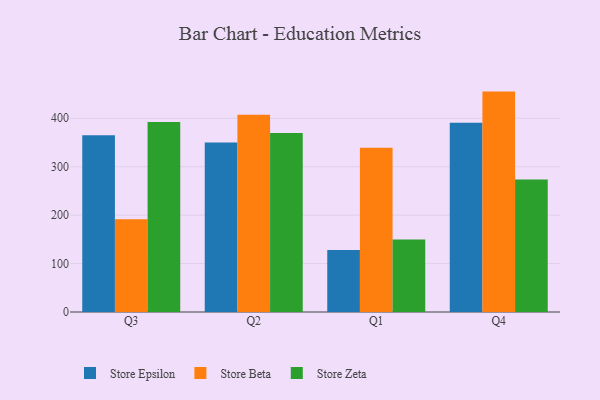
{"axis": {"x": "Quarter", "y": "Bounce Rate (%)"}, "legend": ["Store Beta", "Store Epsilon", "Store Zeta"], "data": [{"x": "Q3", "y": 365.1, "type": "Store Epsilon"}, {"x": "Q3", "y": 191.6, "type": "Store Beta"}, {"x": "Q3", "y": 392.0, "type": "Store Zeta"}, {"x": "Q2", "y": 349.7, "type": "Store Epsilon"}, {"x": "Q2", "y": 407.1, "type": "Store Beta"}, {"x": "Q2", "y": 369.3, "type": "Store Zeta"}, {"x": "Q1", "y": 128.0, "type": "Store Epsilon"}, {"x": "Q1", "y": 339.3, "type": "Store Beta"}, {"x": "Q1", "y": 149.5, "type": "Store Zeta"}, {"x": "Q4", "y": 390.9, "type": "Store Epsilon"}, {"x": "Q4", "y": 455.0, "type": "Store Beta"}, {"x": "Q4", "y": 273.7, "type": "Store Zeta"}]}